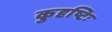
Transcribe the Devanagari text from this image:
कुदृष्टिः